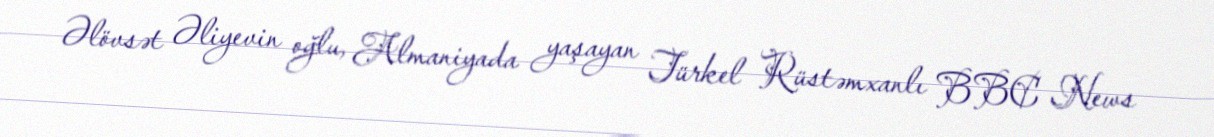
Əlövsət Əliyevin oğlu, Almaniyada yaşayan Türkel Rüstəmxanlı BBC News